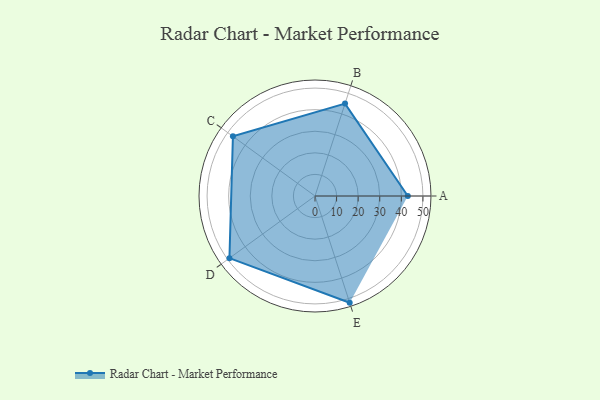
{"axis": {"x": "Skill", "y": "Score"}, "legend": ["Profile"], "data": [{"x": "A", "y": 43.0, "type": "Profile"}, {"x": "B", "y": 45.0, "type": "Profile"}, {"x": "C", "y": 47.0, "type": "Profile"}, {"x": "D", "y": 49.0, "type": "Profile"}, {"x": "E", "y": 52.0, "type": "Profile"}]}